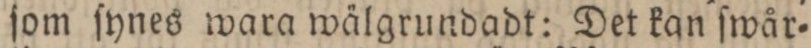
ſom ſynes wara wälgrundadt: Det kan ſwår=